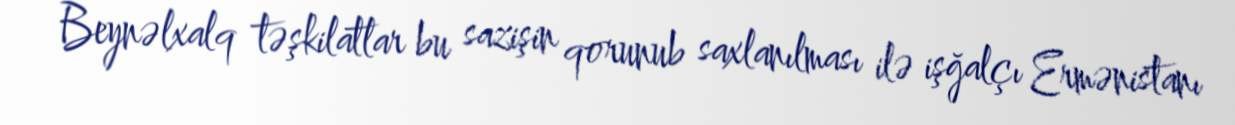
Beynəlxalq təşkilatlar bu sazişin qorunub saxlanılması ilə işğalçı Ermənistanı